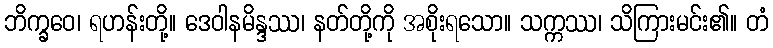
ဘိက္ခဝေ၊ ရဟန်းတို့။ ဒေဝါနမိန္ဒဿ၊ နတ်တို့ကို အစိုးရသော။ သက္ကဿ၊ သိကြားမင်း၏။ တံ